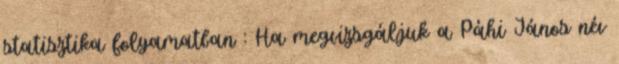
statisztika folyamatban : Ha megvizsgáljuk a Páhi János név